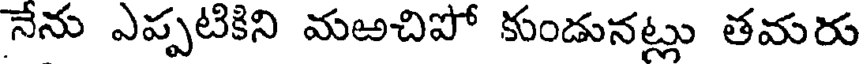
నేను ఎప్పటికిని మఱచిపో కుండునట్లు తమరు